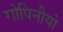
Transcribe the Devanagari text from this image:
गोपिनीयो